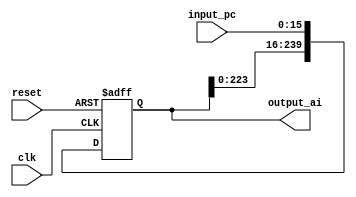
module shifter(
	input wire clk,
	input wire reset,
	input wire [15:0] input_pc,
	output wire [239:0] output_ai
);

	reg [239:0] data;
	
	initial begin
		data <= 240'b0;
	end
	
	always @(posedge clk or posedge reset) begin
        	if (reset) begin
            		data <= 240'b0;
			end else begin
            		data <= data << 16;
            		data[15:0] <= input_pc;
        	end
    	end
    	
    	assign output_ai = data;

endmodule